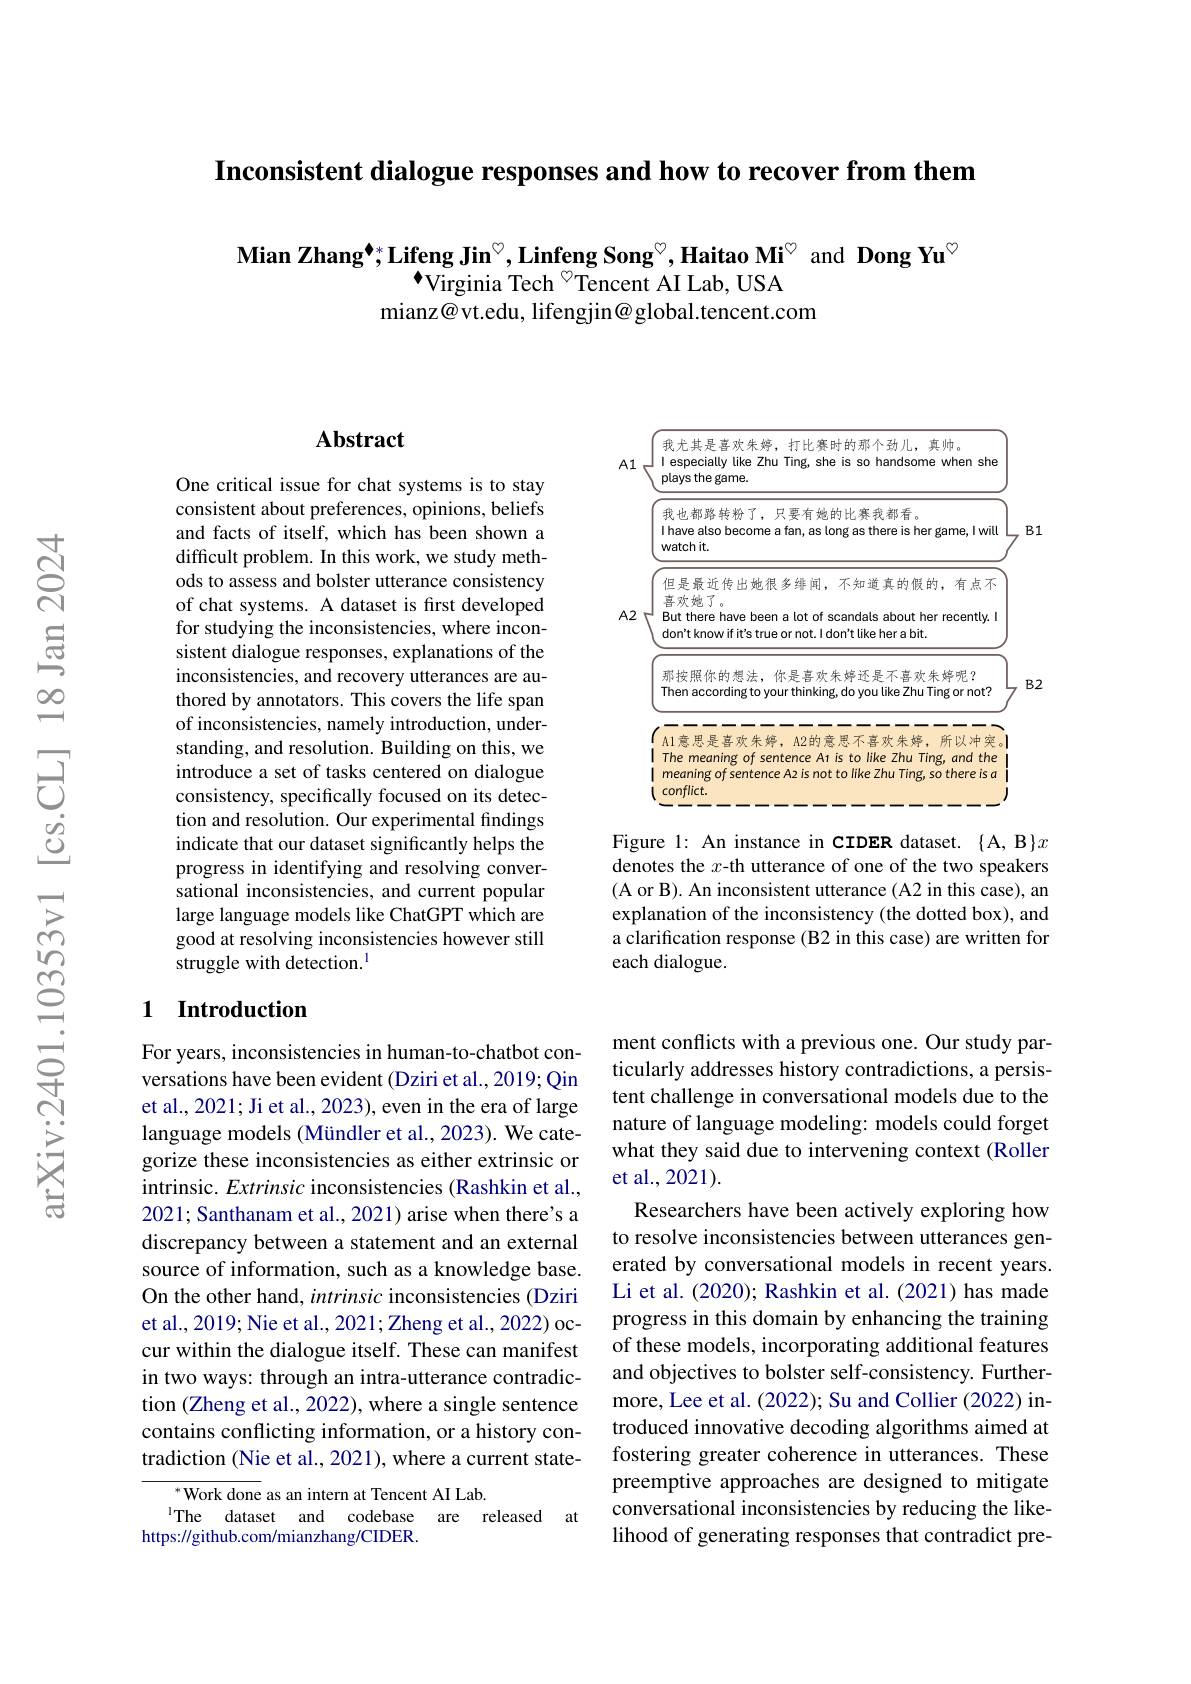
Inconsistent dialogue responses and how to recover from them

Mian Zhang$^*;\text{Lifeng Jin}^{\circ},\textbf{Linfeng Song}^{\circ},\textbf{Haitao Mi}^{\circ}$ and Dong Yu$^{\circ}$
Virginia Tech $^{\textcircled{\mathrm{o}}}$Tencent AI Lab, USA
mianz@ vt.edu, lifengjin@ global.tencent.com

<FigureHere>

Figure 1: An instance in CIDER dataset. {A,B}x denotes the $x$-th utterance of one of the two speakers (A or B). An inconsistent utterance (A2 in this case), an explanation of the inconsistency (the dotted box), and a clarification response (B2 in this case) are written for each dialogue.

## $\mathbf{Abstract}$

One critical issue for chat systems is to stay consistent about preferences, opinions, beliefs and facts of itself, which has been shown a difficult problem. In this work, we study methods to assess and bolster utterance consistency of chat systems. A dataset is first developed for studying the inconsistencies, where inconsistent dialogue responses, explanations of the inconsistencies, and recovery utterances are authored by annotators. This covers the life span of inconsistencies, namely introduction, understanding, and resolution. Building on this, we introduce a set of tasks centered on dialogue consistency, specifically focused on its detection and resolution. Our experimental findings indicate that our dataset significantly helps the progress in identifying and resolving conversational inconsistencies, and current popular large language models like ChatGPT which are good at resolving inconsistencies however still struggle with detection.$^{1}$

### 1 Introduction

For years, inconsistencies in human-to-chatbot conversations have been evident (Dziri et al., 2019; Qin et al., 2021; Ji et al., 2023), even in the era of large language models (Mündler et al., 2023). We categorize these inconsistencies as either extrinsic or intrinsic. Extrinsic inconsistencies (Rashkin et al., 2021; Santhanam et al., 2021) arise when there's a discrepancy between a statement and an external source of information, such as a knowledge base. On the other hand, intrinsic inconsistencies (Dziri et al., 2019; Nie et al., 2021; Zheng et al., 2022) occur within the dialogue itself. These can manifest in two ways: through an intra-utterance contradiction (Zheng et al., 2022), where a single sentence contains conflicting information, or a history contradiction (Nie et al., 2021), where a current state-

${{^*}\text{Work done}}$ as an intern at Tencent AI Lab.
IThe dataset and codebase are released at
https://github.com/mianzhang/CIDER.

ment conflicts with a previous one. Our study particularly addresses history contradictions, a persistent challenge in conversational models due to the nature of language modeling: models could forget what they said due to intervening context (Roller et al., 2021).
Researchers have been actively exploring how to resolve inconsistencies between utterances generated by conversational models in recent years. Li et al. (2020); Rashkin et al. (2021) has made progress in this domain by enhancing the training of these models, incorporating additional features and objectives to bolster self-consistency. Furthermore, Lee et al. (2022); Su and Collier (2022) introduced innovative decoding algorithms aimed at fostering greater coherence in utterances. These preemptive approaches are designed to mitigate conversational inconsistencies by reducing the likelihood of generating responses that contradict pre-